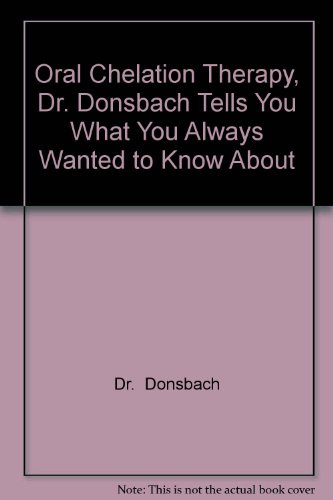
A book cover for Oral Chelation Therapy, Dr. Donsbach Tells You What You Always Wanted to Know About; Dr.  Donsbach; Health, Fitness & Dieting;